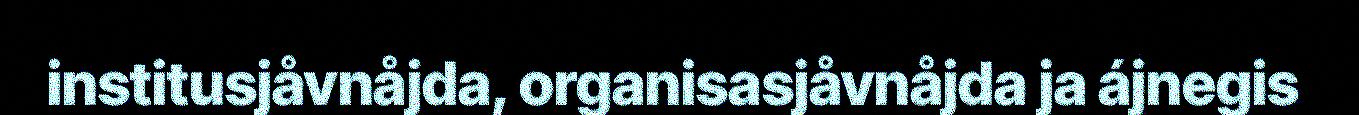
institusjåvnåjda, organisasjåvnåjda ja ájnegis